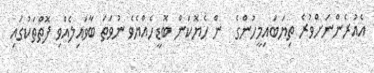
އެއުރެންނަށްވުރެ ތިޔަބައިމީހުންގެ  ން ހެޔޮކަން ބޮޑީހެއްޔެެވެ ނުވަތަ ބާވައިލެއްވި ފޮތްތަކުގައި